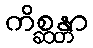
ကိစ္ဆန္တာ